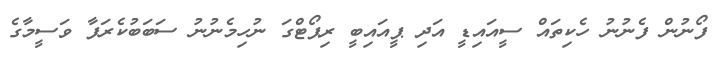
ފޯނުން ފެނުނު ހެކިތައް ސީއައިޑީ އަދި ޕީއައިބީ ރިޕޯޓްގަ ނުހިމެނުނު ސަބަބުކެރަފާ ވަސީމާގެ